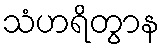
သံဟရိတွာန